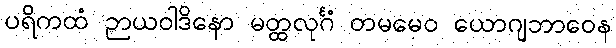
ပရိကထံ ဉာယဝါဒိနော မတ္ထလုင်္ဂံ တမမေဝ ယောဂျဘာဝေန